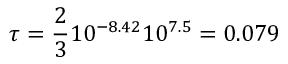
\tau = \frac { 2 } { 3 } 1 0 ^ { - 8 . 4 2 } 1 0 ^ { 7 . 5 } = 0 . 0 7 9